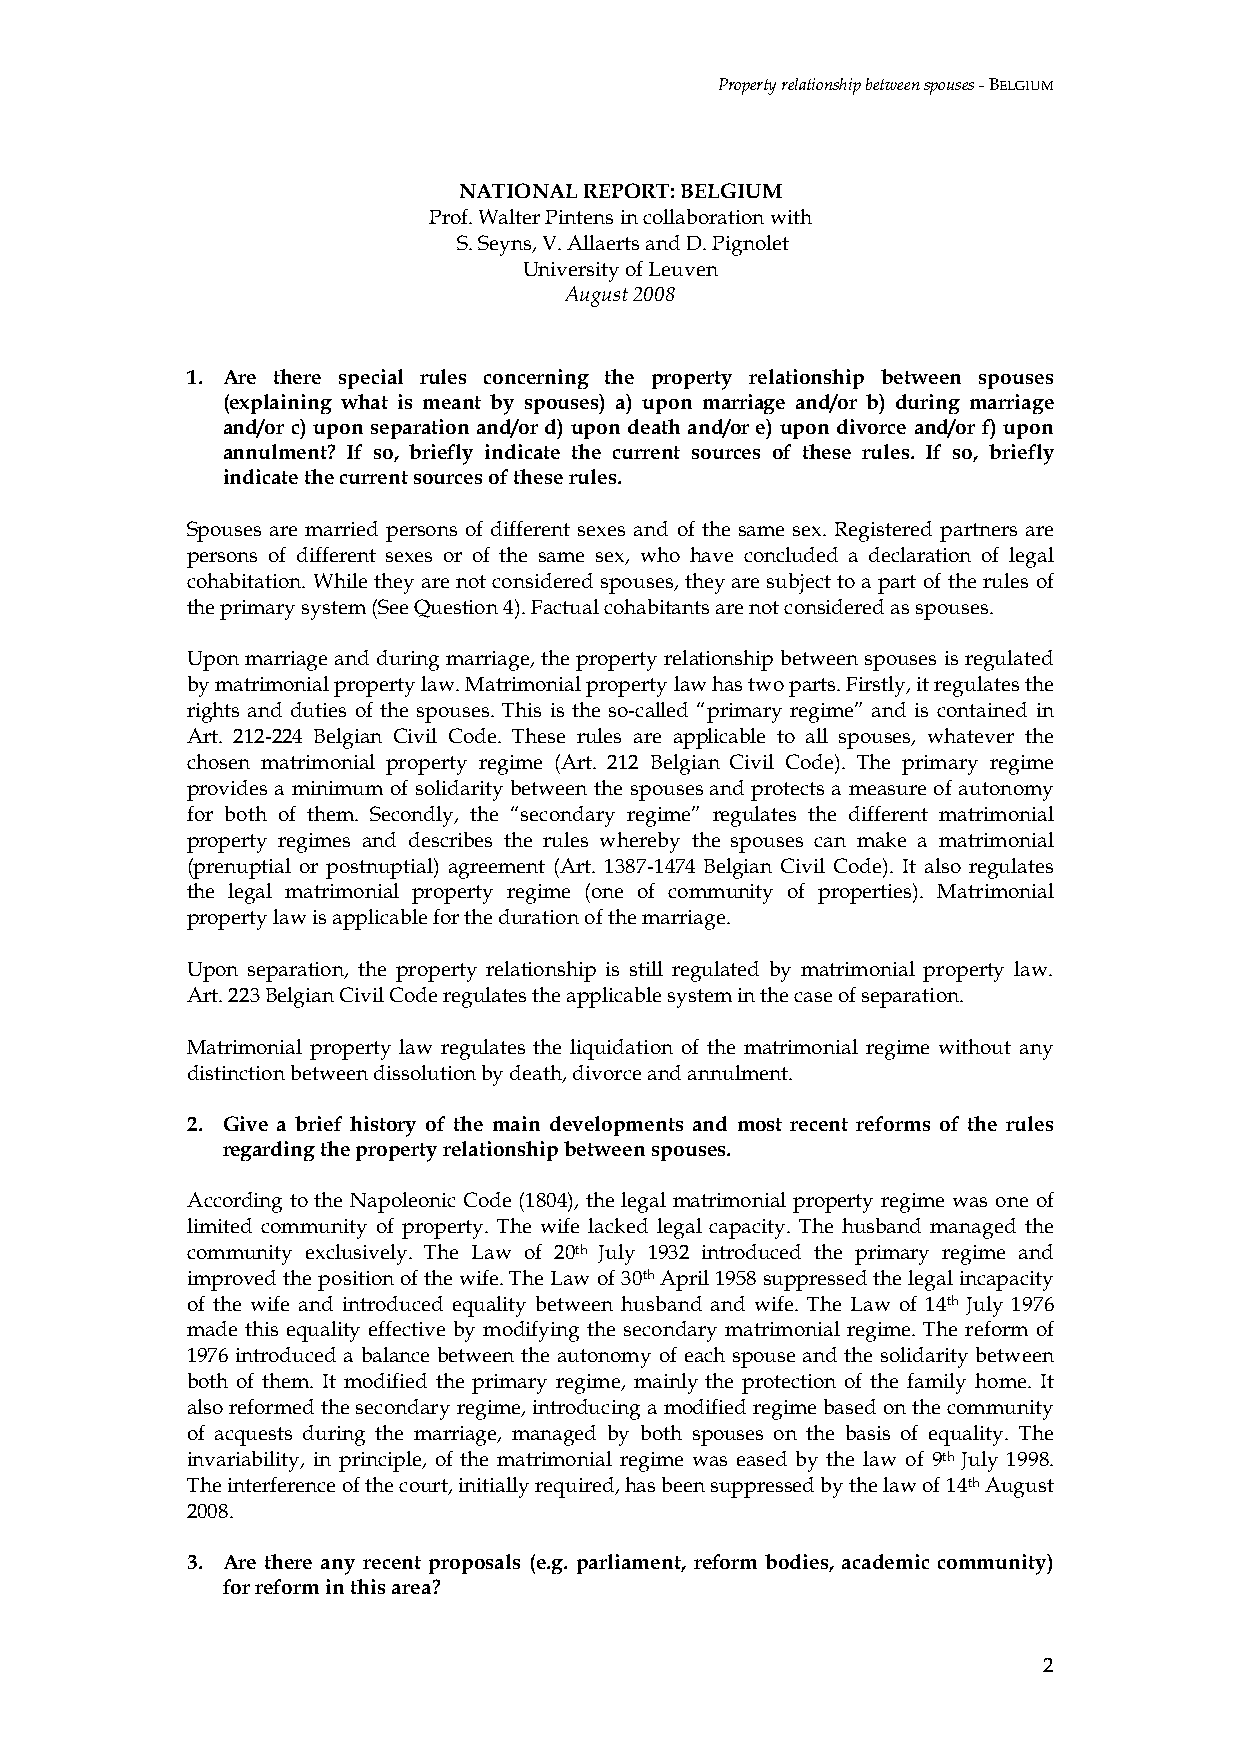
Property relationship between spouses - BELGIUM
 NATIONAL REPORT: BELGIUM
 Prof. Walter Pintens in collaboration with
 S. Seyns, V. Allaerts and D. Pignolet
 University of Leuven
 August 2008
 1. Are there special rules concerning the property relationship between spouses
 (explaining what is meant by spouses) a) upon marriage and/or b) during marriage
 and/or c) upon separation and/or d) upon death and/or e) upon divorce and/or f) upon
 annulment? If so, briefly indicate the current sources of these rules. If so, briefly
 indicate the current sources of these rules.
 Spouses are married persons of different sexes and of the same sex. Registered partners are
 persons of different sexes or of the same sex, who have concluded a declaration of legal
 cohabitation. While they are not considered spouses, they are subject to a part of the rules of
 the primary system (See Question 4). Factual cohabitants are not considered as spouses.
 Upon marriage and during marriage, the property relationship between spouses is regulated
 by matrimonial property law. Matrimonial property law has two parts. Firstly, it regulates the
 rights and duties of the spouses. This is the so-called “primary regime” and is contained in
 Art. 212-224 Belgian Civil Code. These rules are applicable to all spouses, whatever the
 chosen matrimonial property regime (Art. 212 Belgian Civil Code). The primary regime
 provides a minimum of solidarity between the spouses and protects a measure of autonomy
 for both of them. Secondly, the “secondary regime” regulates the different matrimonial
 property regimes and describes the rules whereby the spouses can make a matrimonial
 (prenuptial or postnuptial) agreement (Art. 1387-1474 Belgian Civil Code). It also regulates
 the legal matrimonial property regime (one of community of properties). Matrimonial
 property law is applicable for the duration of the marriage.
 Upon separation, the property relationship is still regulated by matrimonial property law.
 Art. 223 Belgian Civil Code regulates the applicable system in the case of separation.
 Matrimonial property law regulates the liquidation of the matrimonial regime without any
 distinction between dissolution by death, divorce and annulment.
 2. Give a brief history of the main developments and most recent reforms of the rules
 regarding the property relationship between spouses.
 According to the Napoleonic Code (1804), the legal matrimonial property regime was one of
 limited community of property. The wife lacked legal capacity. The husband managed the
 community exclusively. The Law of 20th July 1932 introduced the primary regime and
 improved the position of the wife. The Law of 30th April 1958 suppressed the legal incapacity
 of the wife and introduced equality between husband and wife. The Law of 14th July 1976
 made this equality effective by modifying the secondary matrimonial regime. The reform of
 1976 introduced a balance between the autonomy of each spouse and the solidarity between
 both of them. It modified the primary regime, mainly the protection of the family home. It
 also reformed the secondary regime, introducing a modified regime based on the community
 of acquests during the marriage, managed by both spouses on the basis of equality. The
 invariability, in principle, of the matrimonial regime was eased by the law of 9th July 1998.
 The interference of the court, initially required, has been suppressed by the law of 14th August
 2008.
 3. Are there any recent proposals (e.g. parliament, reform bodies, academic community)
 for reform in this area?
 2